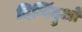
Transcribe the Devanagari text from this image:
दिग्बिंदुओं